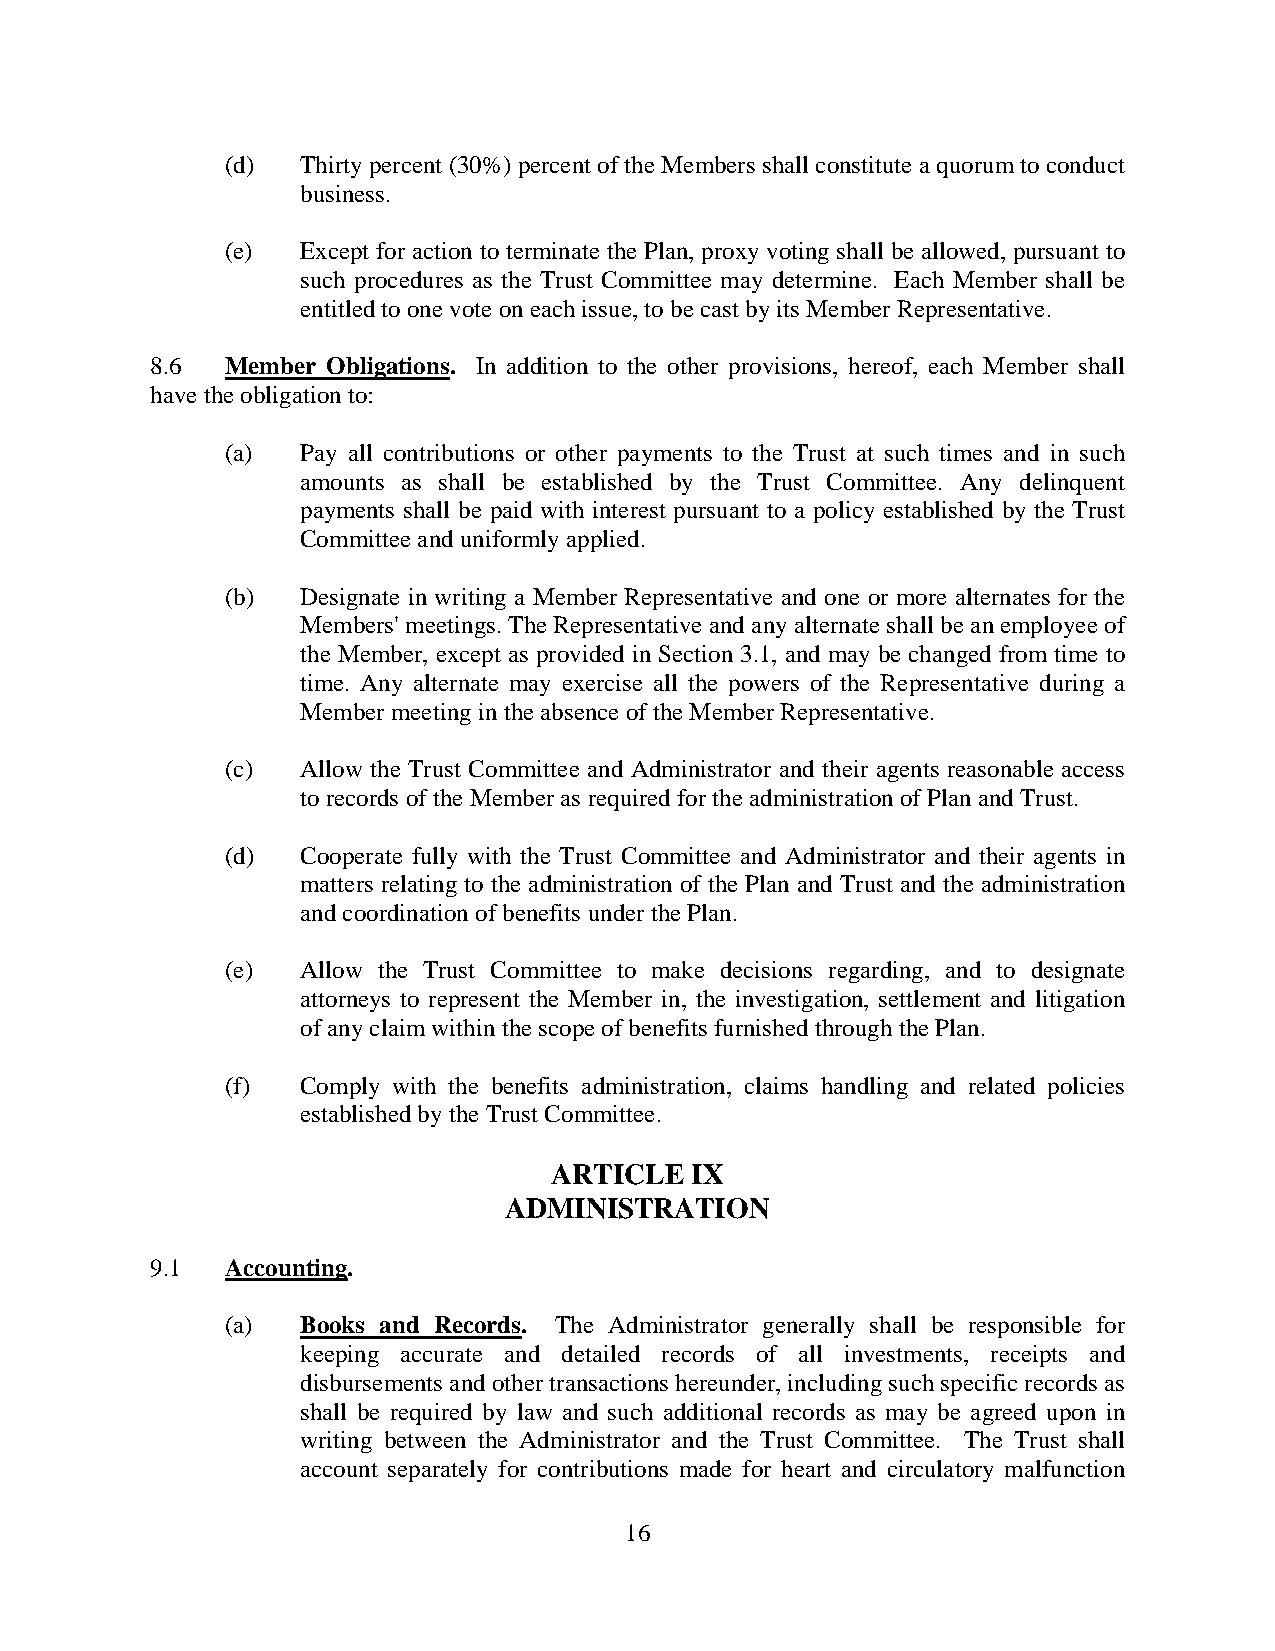
(d)  Thirty percent (30%) percent of the Members shall constitute a quorum to conduct
 business.
 (e)  Except for action to terminate the Plan, proxy voting shall be allowed, pursuant to
 such procedures as the Trust Committee may determine. Each Member shall be
 entitled to one vote on each issue, to be cast by its Member Representative.
 8.6  Member Obligations. In addition to the other provisions, hereof, each Member shall
 have the obligation to:
 (a)  Pay all contributions or other payments to the Trust at such times and in such
 amounts as shall be established by the Trust Committee. Any delinquent
 payments shall be paid with interest pursuant to a policy established by the Trust
 Committee and uniformly applied.
 (b)  Designate in writing a Member Representative and one or more alternates for the
 Members' meetings. The Representative and any alternate shall be an employee of
 the Member, except as provided in Section 3.1, and may be changed from time to
 time. Any alternate may exercise all the powers of the Representative during a
 Member meeting in the absence of the Member Representative.
 (c)  Allow the Trust Committee and Administrator and their agents reasonable access
 to records of the Member as required for the administration of Plan and Trust.
 (d)  Cooperate fully with the Trust Committee and Administrator and their agents in
 matters relating to the administration of the Plan and Trust and the administration
 and coordination of benefits under the Plan.
 (e)  Allow the Trust Committee to make decisions regarding, and to designate
 attorneys to represent the Member in, the investigation, settlement and litigation
 of any claim within the scope of benefits furnished through the Plan.
 (f)  Comply with the benefits administration, claims handling and related policies
 established by the Trust Committee.
 ARTICLE   IX
 ADMINISTRATION
 9.1  Accounting.
 (a)  Books and Records. The Administrator generally shall be responsible for
 keeping accurate and detailed records of all investments, receipts and
 disbursements and other transactions hereunder, including such specific records as
 shall be required by law and such additional records as may be agreed upon in
 writing between the Administrator and the Trust Committee. The Trust shall
 account separately for contributions made for heart and circulatory malfunction
 16